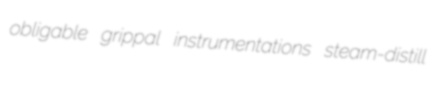
obligable grippal instrumentations steam-distill